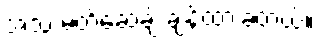
အသံ မတ်ဆေ့ချ် ချန်ထားခဲ့တယ်။